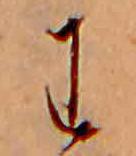
わ